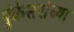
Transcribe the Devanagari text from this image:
पुंकेसरांच्या